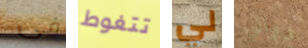
فى تتغوط لي دوائي